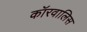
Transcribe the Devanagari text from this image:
कॉरवालिस